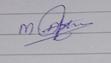
Signature authenticity: genuine